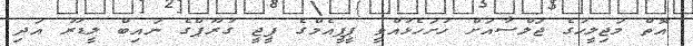
އޮތް މަޖިލީހުގެ ޖަލްސާއަށް ހުށަހެޅުއްވީ ޕީޕީއެމްގެ ޕީޖީ ގުރޫޕްގެ ނައިބް ލީޑަރު އަދި